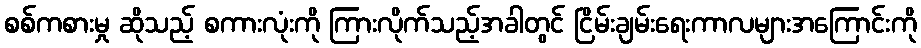
စစ်ကစားမှု ဆိုသည့် စကားလုံးကို ကြားလိုက်သည့်အခါတွင် ငြိမ်းချမ်းရေးကာလများအကြောင်းကို